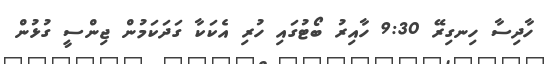
ހާދިސާ ހިނގިރޭ 9:30 ހާއިރު ބޯޓުގައި ހުރި އެކަކާ ގަދަކަމުން ޖިންސީ ގުޅުން